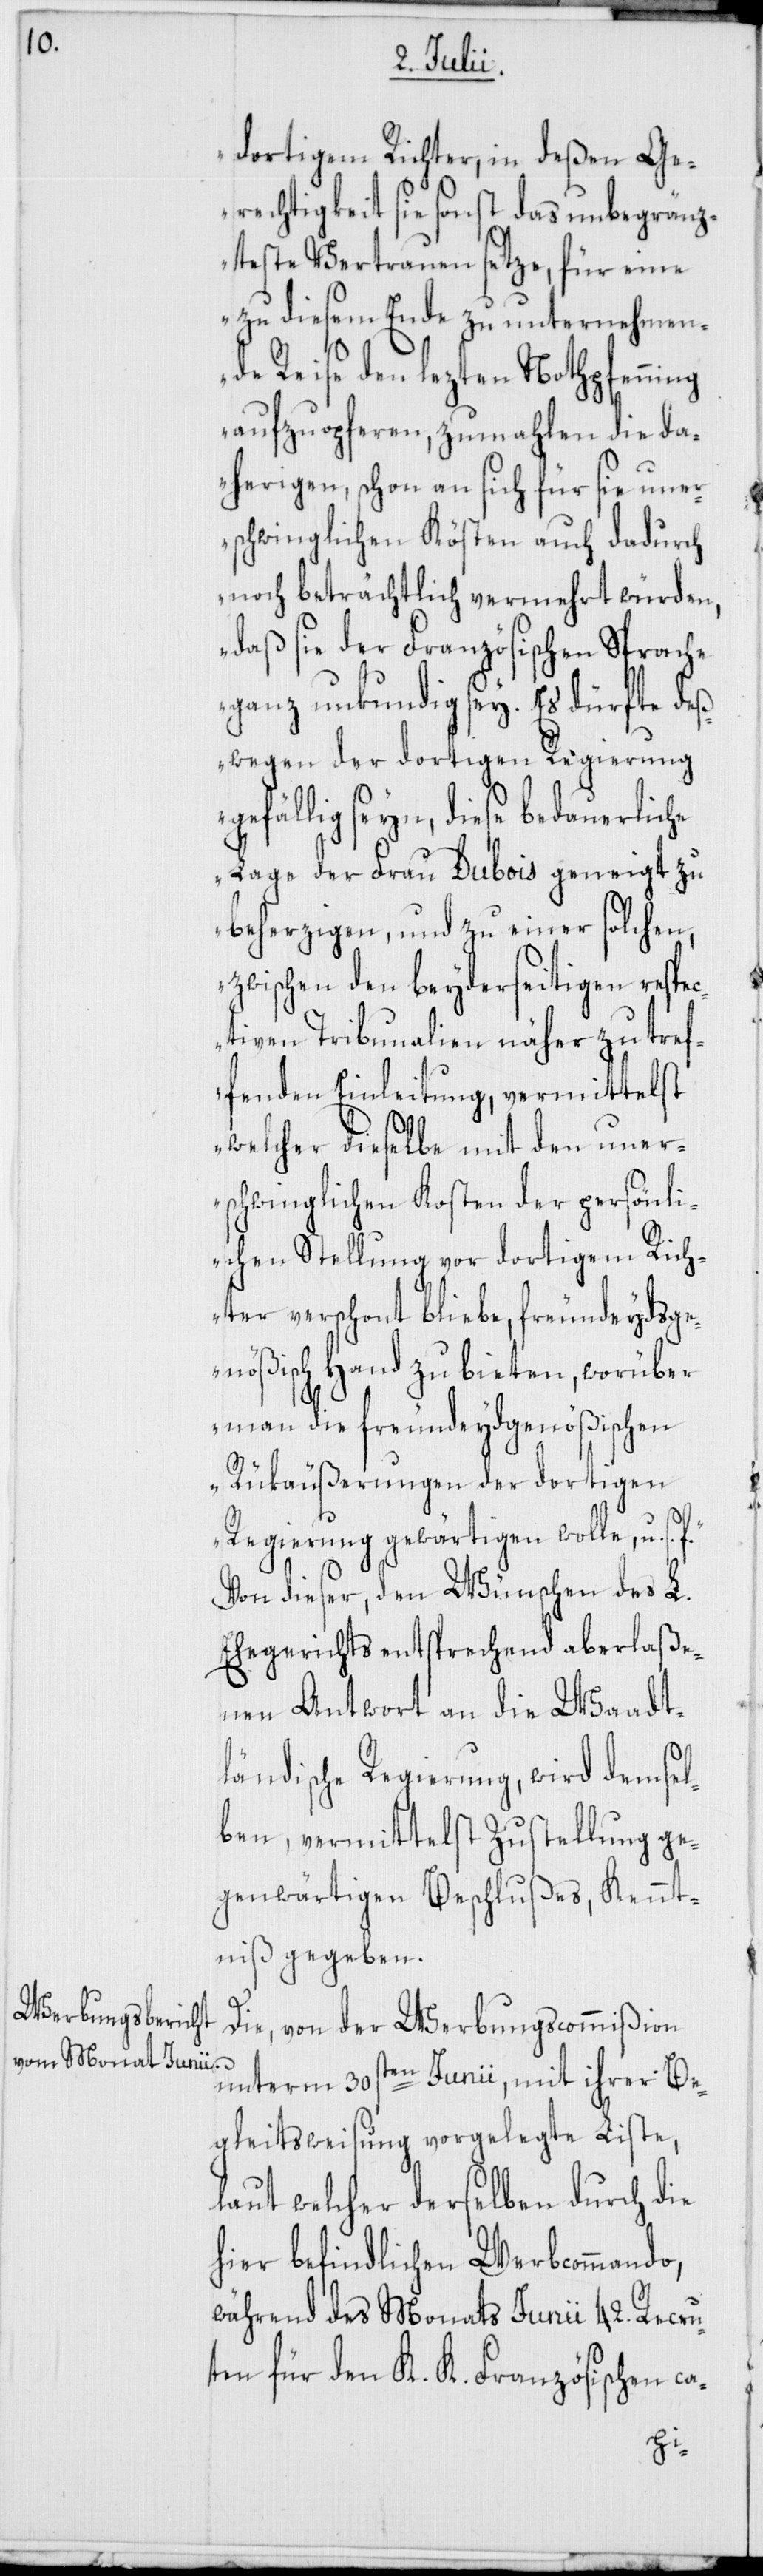
dortigem Richter, in deßen Ge¬
rechtigkeit sie sonst das unbegränz¬
teste Vertrauen setze, für eine
zu diesem Ende zu unternehmen¬
de Reise den lezten Nothpfenning
aufzuopferen, zumahlen die da¬
herigen, schon an sich für sie uner¬
schwinglichen Kösten auch dadurch
noch beträchtlich vermehrt würden,
daß sie der Französischen Sprache
ganz unkundig sey. Es dürfte deß¬
wegen der dortigen Regierung
gefällig seyn, diese bedauerliche
Lage der Frau Dubois geneigt zu
beherzigen, und zu einer solchen,
zwischen den beyderseitigen respe¬
ctiven Tribunalien näher zu tref¬
fenden Einleitung, vermittelst
welcher dieselbe mit den uner¬
schwinglichen Kosten der persönli¬
chen Stellung vor dortigem Rich¬
ter verschont bliebe, freundeydsge¬
nößisch Hand zu bieten, worüber
man die freundeydsgenößischen
Rükäußerungen der dortigen
Regierung gewärtigen wolle, u.
Von dieser, den Wünschen des L.
Ehegerichts entsprechend aberlaße¬
nen Antwort an die Waadt¬
ländische Regierung, wird demsel¬
ben vermittelst Zustellung ge¬
genwärtigen Beschlußes, Kennt¬
niß gegeben.
Die, von der Werbungscommißion
unterm 30sten Junii, mit ihrer Be¬
gleitsweisung vorgelegte Liste,
laut welcher derselben durch die
hier befindlichen Werbcommando,
während des Monats Junii 42. Recru¬
ten für den K. K. Französischen ca-